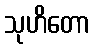
သုဟိတော